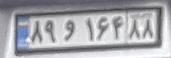
۸۹و۱۶۴۸۸